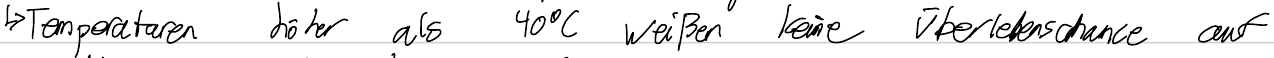
-> Temperaturen höher als 40°C weißen keine Überlebenschance auf